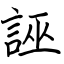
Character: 誣